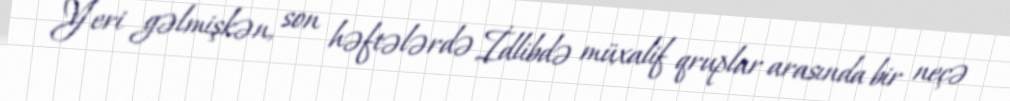
Yeri gəlmişkən, son həftələrdə İdlibdə müxalif qruplar arasında bir neçə